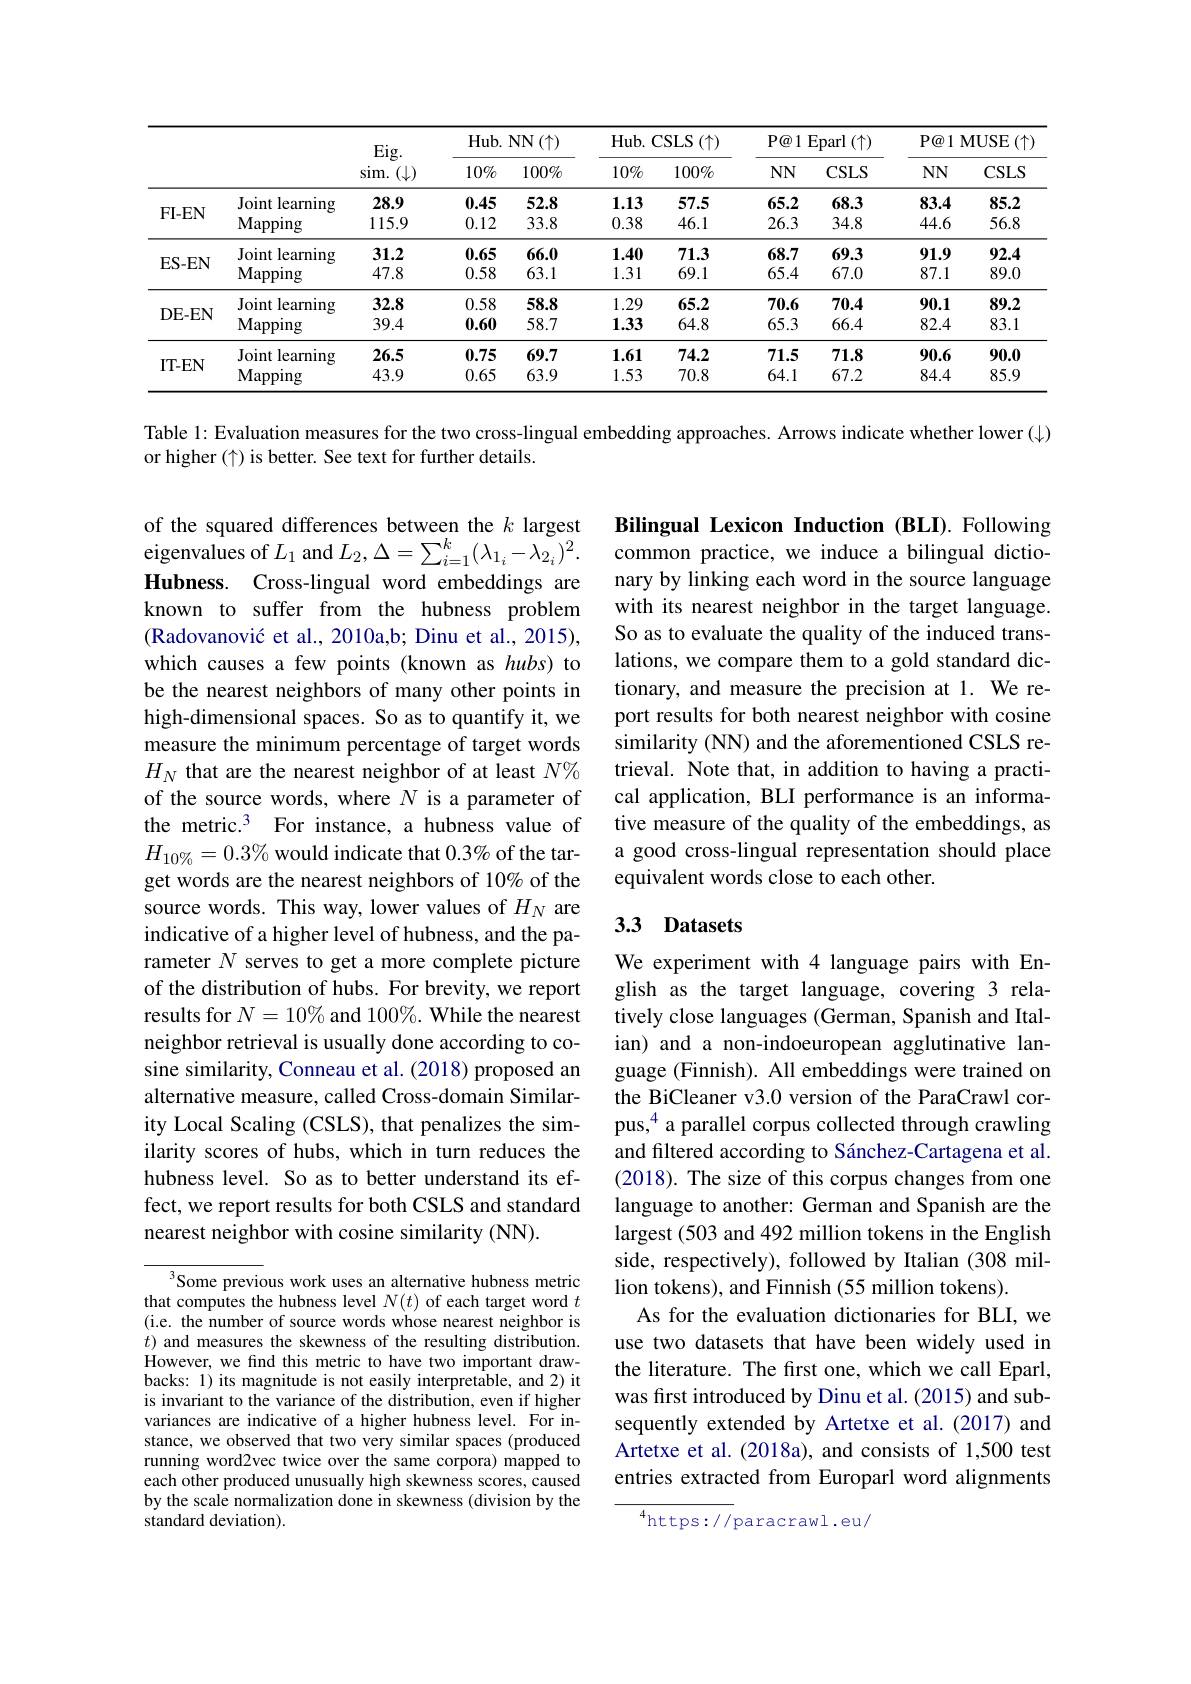
<table>
	<tbody>
		<tr>
			<th> </th>
			<th> </th>
			<th rowspan="2">$Eig.$ $\operatorname{sim.}(\downarrow)$</th>
			<th colspan="2">Hub. NN$\left ( \uparrow \right )$</th>
			<th colspan="2">Hub. CSLS ( $\uparrow$) </th>
			<th colspan="2">P@ 1 Eparl ( $\uparrow$) </th>
			<th colspan="2">P@ 1MUSE $\vdots(\uparrow)$</th>
		</tr>
		<tr>
			<th> </th>
			<th> </th>
			<th>$10\%$</th>
			<th>$100\%$</th>
			<th>10%</th>
			<th>100%</th>
			<th>$NNN$</th>
			<th>$CSLS$</th>
			<th>$NN$</th>
			<th>$CSLS$</th>
		</tr>
		<tr>
			<td rowspan="2">FI- EN</td>
			<td>Joint learning</td>
			<td>28.9</td>
			<td>0.45</td>
			<td>52.8</td>
			<td>1.13</td>
			<td>57.5</td>
			<td>65.2</td>
			<td>68.3</td>
			<td>83.4</td>
			<td>85.2</td>
		</tr>
		<tr>
			<td>Mapping</td>
			<td>115.9</td>
			<td>0.12</td>
			<td>33.8</td>
			<td>0.38</td>
			<td>46.1</td>
			<td>26.3</td>
			<td>34.8</td>
			<td>44.6</td>
			<td>56.8</td>
		</tr>
		<tr>
			<td rowspan="2">ES-EN</td>
			<td>Joint learning</td>
			<td>31.2</td>
			<td>0.65</td>
			<td>66.0</td>
			<td>1.40</td>
			<td>71.3</td>
			<td>68.7</td>
			<td>69.3</td>
			<td>91.9</td>
			<td>92.4</td>
		</tr>
		<tr>
			<td>Mapping</td>
			<td>47.8</td>
			<td>0.58</td>
			<td>63.1</td>
			<td>1.31</td>
			<td>69.1</td>
			<td>65.4</td>
			<td>67.0</td>
			<td>87.1</td>
			<td>89.0</td>
		</tr>
		<tr>
			<td rowspan="2">DE- EN</td>
			<td>Joint learning</td>
			<td>32.8</td>
			<td>0.58</td>
			<td>58.8</td>
			<td>1.29</td>
			<td>65.2</td>
			<td>70.6</td>
			<td>70.4</td>
			<td>90.1</td>
			<td>89.2</td>
		</tr>
		<tr>
			<td>Mapping</td>
			<td>39.4</td>
			<td>0.60</td>
			<td>58.7</td>
			<td>1.33</td>
			<td>64.8</td>
			<td>65.3</td>
			<td>66.4</td>
			<td>82.4</td>
			<td>83.1</td>
		</tr>
		<tr>
			<td rowspan="2">IT- EN</td>
			<td>Joint learning</td>
			<td>26.5</td>
			<td>0.75</td>
			<td>69.7</td>
			<td>1.61</td>
			<td>74.2</td>
			<td>71.5</td>
			<td>71.8</td>
			<td>90.6</td>
			<td>90.0</td>
		</tr>
		<tr>
			<td>Mapping</td>
			<td>43.9</td>
			<td>0.65</td>
			<td>63.9</td>
			<td>1.53</td>
			<td>70.8</td>
			<td>64.1</td>
			<td>67.2</td>
			<td>84.4</td>
			<td>85.9</td>
		</tr>
	</tbody>
</table>

Table 1: Evaluation measures for the two cross-lingual embedding approaches. Arrows indicate whether lower (J)
or higher $(\uparrow)$ is better. See text for further details.

Bilingual Lexicon Induction (BLI). Following common practice, we induce a bilingual dictionary by linking each word in the source language with its nearest neighbor in the target language. So as to evaluate the quality of the induced translations, we compare them to a gold standard dictionary, and measure the precision at 1. We report results for both nearest neighbor with cosine similarity (NN) and the aforementioned CSLS retrieval. Note that, in addition to having a practical application, BLI performance is an informative measure of the quality of the embeddings, as a good cross-lingual representation should place equivalent words close to each other.

of the squared differences between the $k$ largest eigenvalues of $L_1$ and $L_2,\Delta=\sum_{i=1}^k(\lambda_{1_i}-\lambda_{2_i})^2.$ Hubness. Cross-lingual word embeddings are known to suffer from the hubness problem (Radovanović et al., 2010a,b; Dinu et al., 2015), which causes a few points (known as hubs) to be the nearest neighbors of many other points in high-dimensional spaces. So as to quantify it, we measure the minimum percentage of target words $H_N$ that are the nearest neighbor of at least $N\%$ of the source words, where $N$ is a parameter of the metric.$^3$ For instance, a hubness value of $H_{10\%}=0.3\%$ would indicate that $0.3\%$ of the target words are the nearest neighbors of 10% of the source words. This way, lower values of $H_N$ are indicative of a higher level of hubness, and the parameter $N$ serves to get a more complete picture of the distribution of hubs. For brevity, we report results for $N=10\%$ and $100\%.$ While the nearest neighbor retrieval is usually done according to cosine similarity, Conneau et al. (2018) proposed an alternative measure, called Cross-domain Similarity Local Scaling (CSLS), that penalizes the similarity scores of hubs, which in turn reduces the hubness level. So as to better understand its effect, we report results for both CSLS and standard nearest neighbor with cosine similarity (NN).

## 3.3 Datasets

We experiment with 4 language pairs with English as the target language, covering 3 relatively close languages (German, Spanish and Italian) and a non-indoeuropean agglutinative language (Finnish). All embeddings were trained on the BiCleaner v3.0 version of the ParaCrawl corpus,$^{4}$ a parallel corpus collected through crawling and filtered according to Sánchez-Cartagena et al. (2018). The size of this corpus changes from one language to another: German and Spanish are the largest (503 and 492 million tokens in the English side, respectively), followed by Italian (308 million tokens), and Finnish (55 million tokens).
As for the evaluation dictionaries for BLI, we use two datasets that have been widely used in the literature. The first one, which we call Eparl, was first introduced by Dinu et al. (2015) and subsequently extended by Artetxe et al.(2017) and Artetxe et al. (2018a), and consists of 1,500 test entries extracted from Europarl word alignments

Some previous work uses an alternative hubness metric that computes the hubness level $N(t)$ of each target word $t$ (i.e. the number of source words whose nearest neighbor is $t)$ and measures the skewness of the resulting distribution. However, we find this metric to have two important drawbacks: 1) its magnitude is not easily interpretable, and 2) it is invariant to the variance of the distribution, even if higher variances are indicative of a higher hubness level. For instance, we observed that two very similar spaces (produced running word2vec twice over the same corpora) mapped to each other produced unusually high skewness scores, caused by the scale normalization done in skewness (division by the standard deviation).

${{^{4}\mathrm{https://}}}$paracrawl.eu/